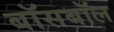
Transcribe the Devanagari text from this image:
बॉसबॉल